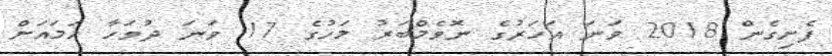
ފެށިގެން 2018 ވަނަ އަހަރުގެ ނޮވެމްބަރު މަހުގެ 17 ވަނަ ދުވަހާ ހަމައަށް